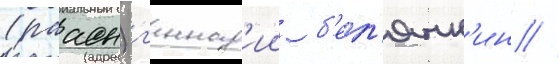
(раасн) г'еннад'ии б'ел'янк'ин //